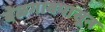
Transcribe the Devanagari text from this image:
बेळगावपासून